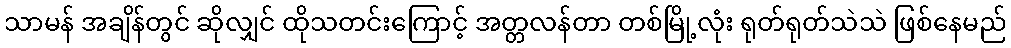
သာမန် အချိန်တွင် ဆိုလျှင် ထိုသတင်းကြောင့် အတ္တလန်တာ တစ်မြို့လုံး ရုတ်ရုတ်သဲသဲ ဖြစ်နေမည်